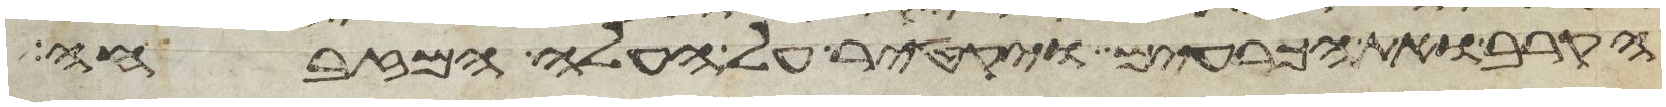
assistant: הקרב ואת הכרעים ויקטר על העלה המזבחה